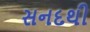
સનદથી